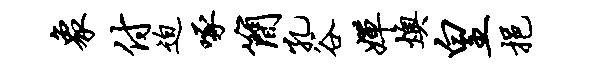
象付迫啄简孔谷婵燠皇挹